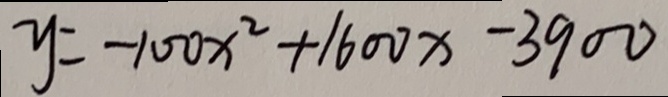
y = - 1 0 0 x ^ { 2 } + 1 6 0 0 x - 3 9 0 0